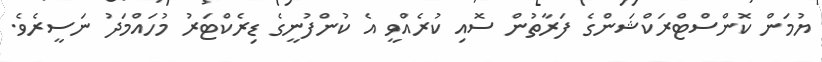
ޔުމަން ކޮންސްޓްރަކްޝަންގެ ފަރާތުން ސޮއި ކުރެއްވީ އެ ކުންފުނީގެ ޑިރެކްޓަރު މުހައްމަދު ނަސީރެވެ.